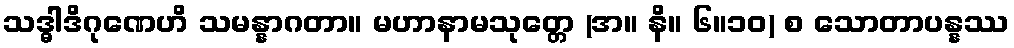
သဒ္ဓါဒိဂုဏေဟိ သမန္နာဂတာ။ မဟာနာမသုတ္တေ (အ။ နိ။ ၆။၁၀) စ သောတာပန္နဿ